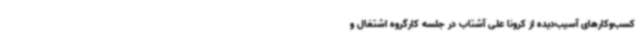
کسب‌وکارهای آسیب‌دیده از کرونا علی آشتاب در جلسه کارگروه اشتغال و